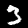
Label: 3